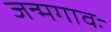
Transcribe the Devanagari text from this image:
जन्मगावः